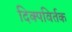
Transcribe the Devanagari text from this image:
दिक्पविर्तक